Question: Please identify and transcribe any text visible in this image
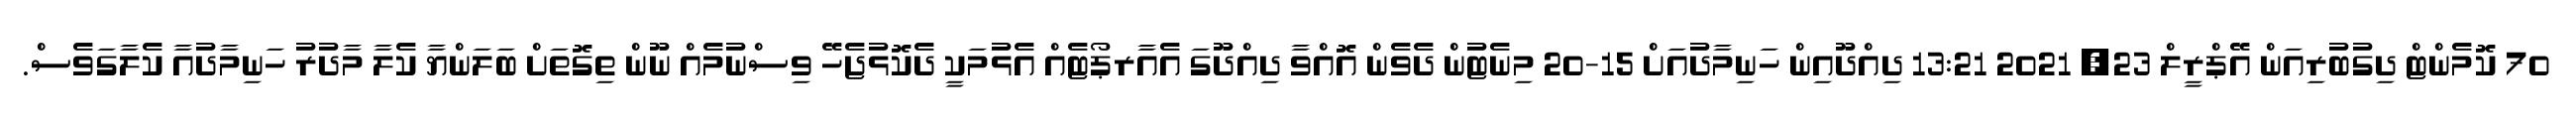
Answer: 70 ކޮމެންޓް ދިގުބުރިއަން އޭޕްރީލް 23, 2021 13:21 ދިއްދޫއިން ހަނިމާދުއަށް 15-20 މިނެޓުން ދެވެން އޮއްވާ ދިއްދޫގަ އެއާރޕޯޓެއް އެޅުމަކީ ދެކޮޅުޖެހޭ ވިސްނުމެއް ނޫން ތިގޮތަށް ބަލަންޔާ ކެލާ މާދުރު ހަނިމާދުއާ ކެލާގަވެސް.